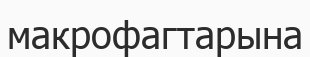
макрофагтарына